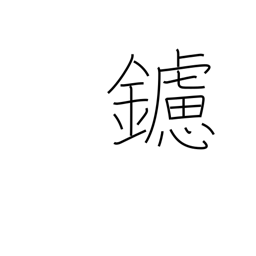
Meaning: rasp